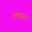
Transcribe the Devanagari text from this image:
डमासस